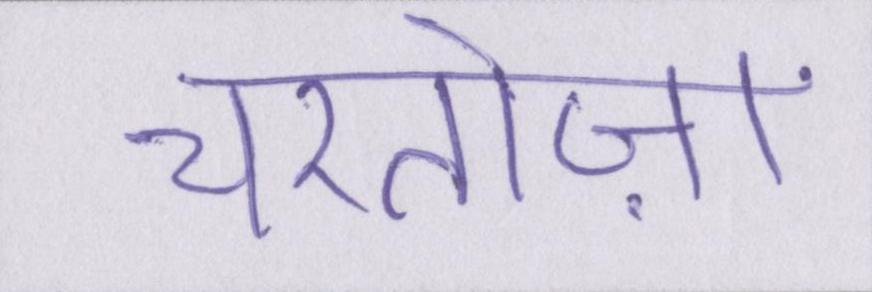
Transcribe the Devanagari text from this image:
चरतोज़ा